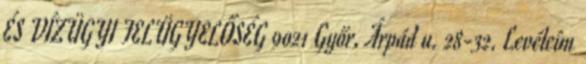
ÉS VÍZÜGYI FELÜGYELŐSÉG 9021 Győr, Árpád u. 28-32. Levélcím